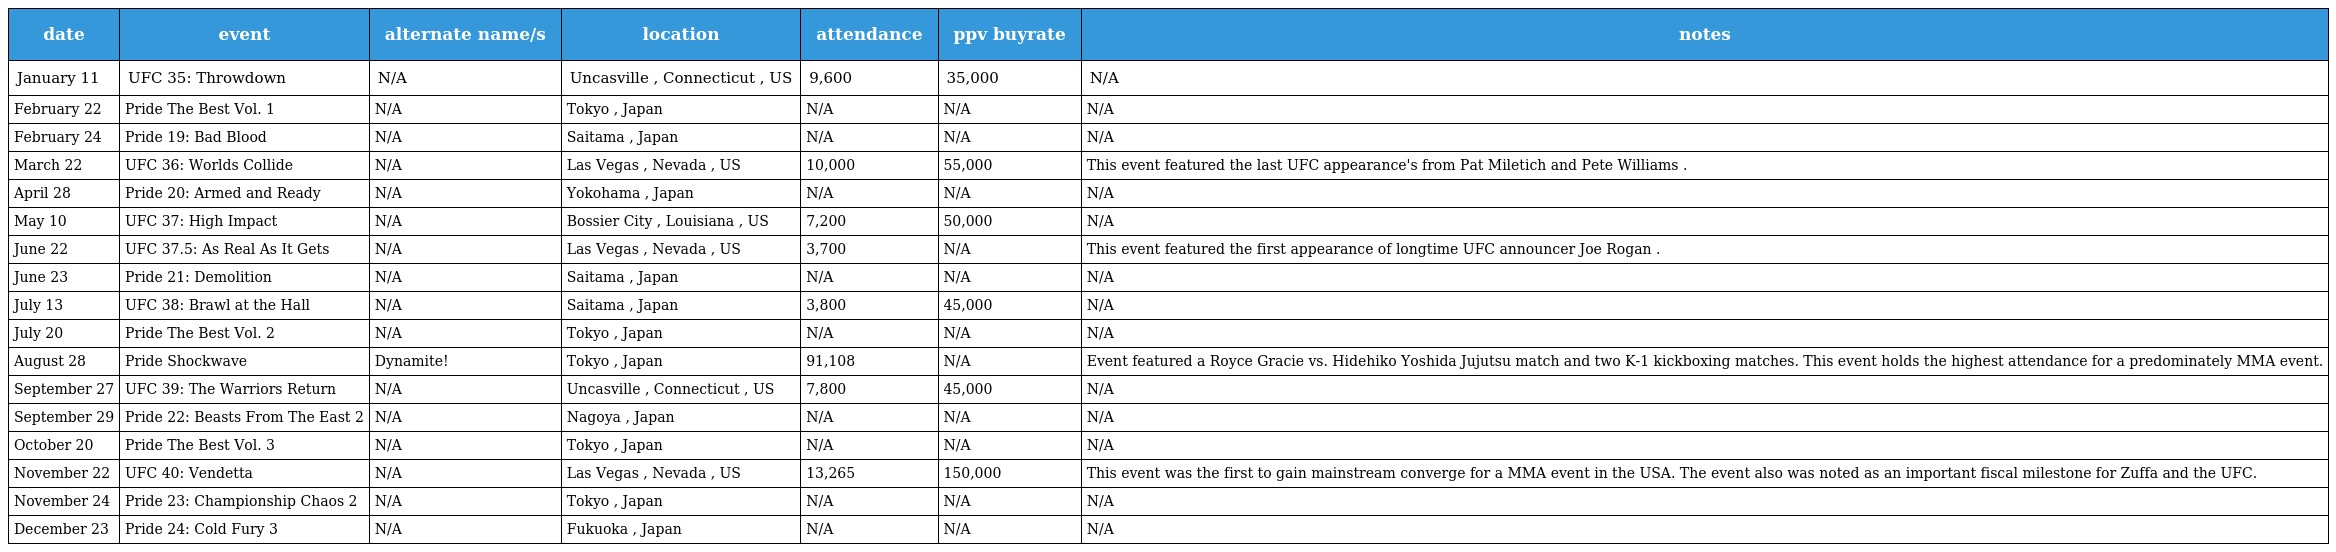
| date | event | alternate name/s | location | attendance | ppv buyrate | notes |
 | --- | --- | --- | --- | --- | --- | --- |
 | January 11 | UFC 35: Throwdown | N/A | Uncasville , Connecticut , US | 9,600 | 35,000 | N/A |
 | February 22 | Pride The Best Vol. 1 | N/A | Tokyo , Japan | N/A | N/A | N/A |
 | February 24 | Pride 19: Bad Blood | N/A | Saitama , Japan | N/A | N/A | N/A |
 | March 22 | UFC 36: Worlds Collide | N/A | Las Vegas , Nevada , US | 10,000 | 55,000 | This event featured the last UFC appearance's from Pat Miletich and Pete Williams . |
 | April 28 | Pride 20: Armed and Ready | N/A | Yokohama , Japan | N/A | N/A | N/A |
 | May 10 | UFC 37: High Impact | N/A | Bossier City , Louisiana , US | 7,200 | 50,000 | N/A |
 | June 22 | UFC 37.5: As Real As It Gets | N/A | Las Vegas , Nevada , US | 3,700 | N/A | This event featured the first appearance of longtime UFC announcer Joe Rogan . |
 | June 23 | Pride 21: Demolition | N/A | Saitama , Japan | N/A | N/A | N/A |
 | July 13 | UFC 38: Brawl at the Hall | N/A | Saitama , Japan | 3,800 | 45,000 | N/A |
 | July 20 | Pride The Best Vol. 2 | N/A | Tokyo , Japan | N/A | N/A | N/A |
 | August 28 | Pride Shockwave | Dynamite! | Tokyo , Japan | 91,108 | N/A | Event featured a Royce Gracie vs. Hidehiko Yoshida Jujutsu match and two K-1 kickboxing matches. This event holds the highest attendance for a predominately MMA event. |
 | September 27 | UFC 39: The Warriors Return | N/A | Uncasville , Connecticut , US | 7,800 | 45,000 | N/A |
 | September 29 | Pride 22: Beasts From The East 2 | N/A | Nagoya , Japan | N/A | N/A | N/A |
 | October 20 | Pride The Best Vol. 3 | N/A | Tokyo , Japan | N/A | N/A | N/A |
 | November 22 | UFC 40: Vendetta | N/A | Las Vegas , Nevada , US | 13,265 | 150,000 | This event was the first to gain mainstream converge for a MMA event in the USA. The event also was noted as an important fiscal milestone for Zuffa and the UFC. |
 | November 24 | Pride 23: Championship Chaos 2 | N/A | Tokyo , Japan | N/A | N/A | N/A |
 | December 23 | Pride 24: Cold Fury 3 | N/A | Fukuoka , Japan | N/A | N/A | N/A |